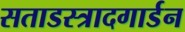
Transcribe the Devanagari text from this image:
सताडस्त्रादगार्डन